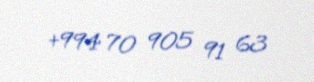
+994 70 905 91 63